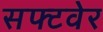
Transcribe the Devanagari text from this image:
सफ्टवेर